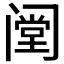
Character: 𰿺